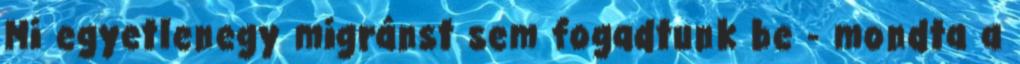
Mi egyetlenegy migránst sem fogadtunk be - mondta a